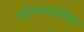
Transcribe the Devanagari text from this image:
थोरवाल्डसेन्स